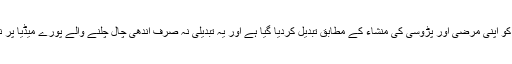
قومی سلامتی ، قومی ثقافت ، اقدار، روایات ، لباس سب کچھ کو اپنی مرضی اور پڑوسی کی منشاء کے مطابق تبدیل کردیا گیا ہے اور یہ تبدیلی نہ صرف اندھی چال چلنے والے پورے میڈیا پر نظر آرہی ہے بلکہ پورے معاشرے میں دکھائی دے رہی ہے۔